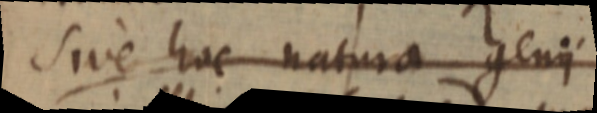
sive hoc natura genii